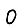
Digit: 0